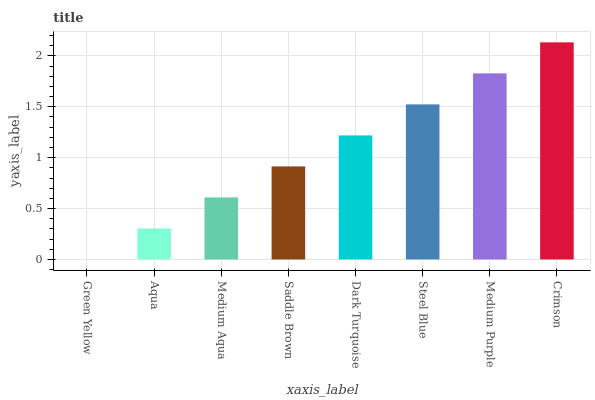
| xaxis_label | bars |
 | --- | --- |
 | Green Yellow | 0 |
 | Aqua | 0.305 |
 | Medium Aqua | 0.609 |
 | Saddle Brown | 0.914 |
 | Dark Turquoise | 1.22 |
 | Steel Blue | 1.52 |
 | Medium Purple | 1.83 |
 | Crimson | 2.13 |